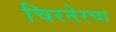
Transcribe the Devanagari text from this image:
चिरनेरचा